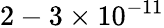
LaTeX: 2-3\times 10^{-11}